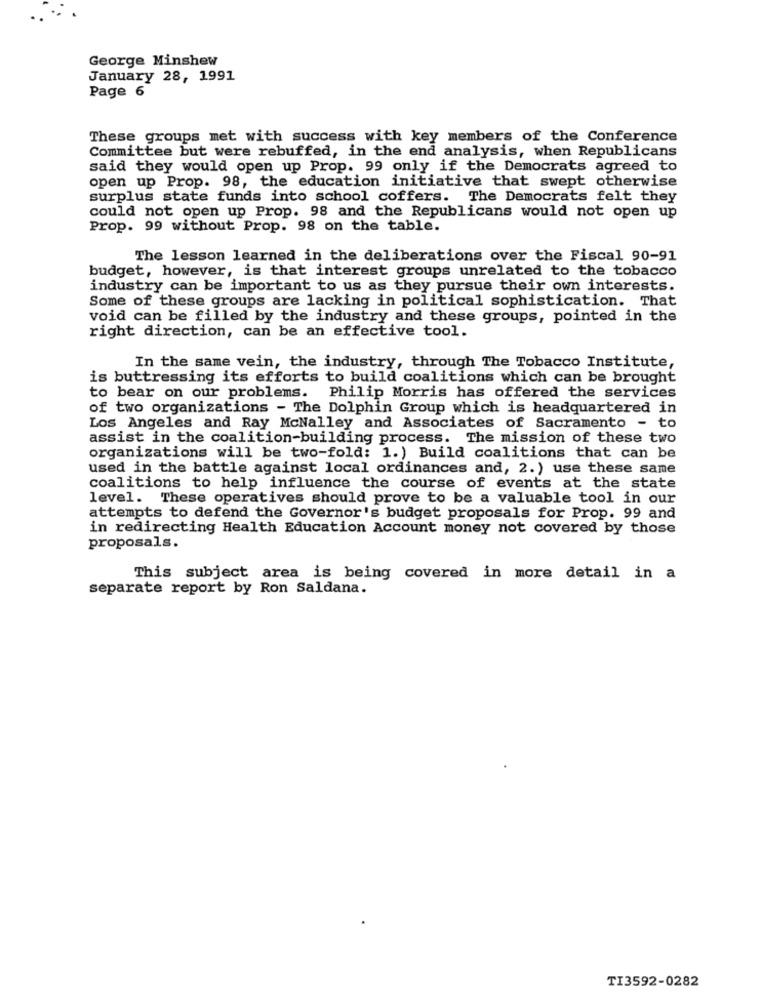
George Minshew
January 28, 1991
Page 6
These groups met with success with key members of the Conference
Committee but were rebuffed, in the end analysis, when Republicans
said they would open up Prop. 99 only if the Democrats agreed to
open up Prop. 98, the education initiative that swept otherwise
surplus state funds into school coffers. The Democrats felt they
could not open up Prop. 98 and the Republicans would not open up
Prop. 99 without Prop. 98 on the table.
The lesson learned in the deliberations over the Fiscal 90-91
budget, however, is that interest groups unrelated to the tobacco
industry can be important to us as they pursue their own interests.
Some of these groups are lacking in political sophistication. That
void can be filled by the industry and these groups, pointed in the
right direction, can be an effective tool.
In the same vein, the industry, through The Tobacco Institute,
is buttressing its efforts to build coalitions which can be brought
to bear on our problems.
Philip Morris has offered the services
of two organizations - The Dolphin Group which is headquartered in
Los Angeles and Ray McNalley and Associates of Sacramento - to
assist in the coalition-building process. The mission of these two
organizations will be two-fold: 1.) Build coalitions that can be
used in the battle against local ordinances and, 2.) use these same
coalitions to help influence the course of events at the state
level. These operatives should prove to be a valuable tool in our
attempts to defend the Governor's budget proposals for Prop. 99 and
in redirecting Health Education Account money not covered by those
proposals.
This subject area is being covered in more detail in a
separate report by Ron Saldana.
TI3592-0282